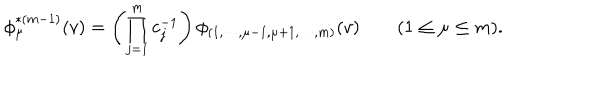
LaTeX: \phi _ { \mu } ^ { * ( m - 1 ) } ( v ) = \left( \prod _ { j = 1 } ^ { m } c _ { j } ^ { - 1 } \right) \phi _ { ( 1 , \cdots , \mu - 1 , \mu + 1 , \cdots , m ) } ( v ) \qquad ( 1 \le \mu \le m ) .